Lunatic asylums Madras 1892-1911 - 1892-1911
Year: 1892
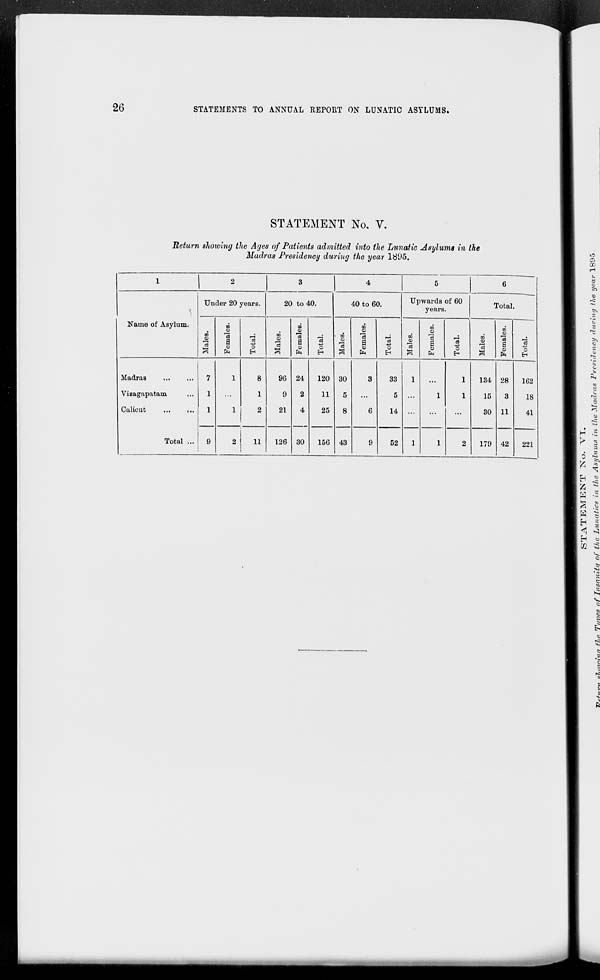
26
STATEMENTS TO ANNUAL REPORT ON LUNATIC ASYLUMS.
STATEMENT No. V.
Return showing the Ages of Patients admitted into the Lunatic Asylumt in the
Madras Presidency during the year 1895.
1
»
3
4
5
6
\
Name of Asylum.
Under 20 years.
20 to 40.
40 to 60.
Upwards of 60
years.
Total.
09
CD
l«3
00
CD
"3
a
CD
ft
cS
o
EH
03
CD
'a
GO
CD
a
CD
"3
c
EH
■ ED
CD
00
CD
a
CD
O
EH
CO
9
"3
oo
CD
"3
a
CD
43
O
EH
00
CD
"a
00
CD
3
a
CD
"3
0
EH
MadraB
...
Vizagapatam
Calicut
...
...
Total ...
7
1
1
9
1
1
8
1
2
96
9
21
24
2
4
30
120
11
25
30
5
8
43
3
6
33
5
14
1
1
1
1
1
134
15
30
28
3
11
42
162
18
41
2
11
126
156
9
52
1
2
179
221
> 2
n rS
fc "3
H co
'A "~
r A •S
H
<D
r3 b
w ft
H
«1 ^
H CO
02 ^